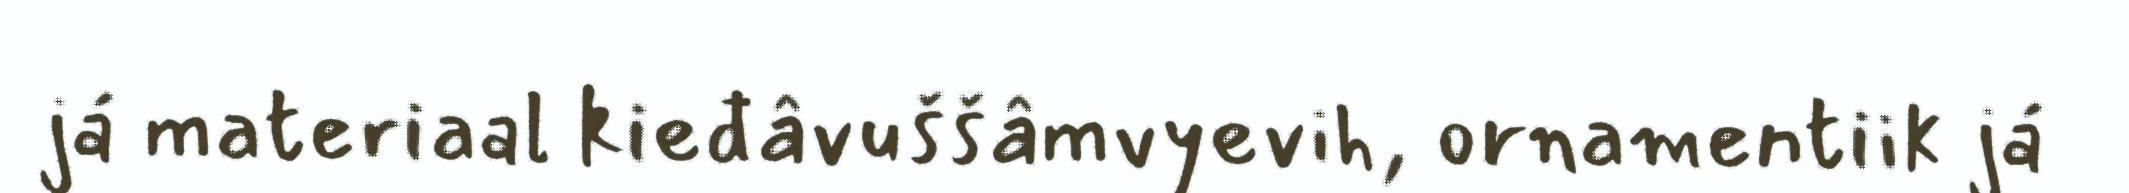
já materiaal kieđâvuššâmvyevih, ornamentiik já